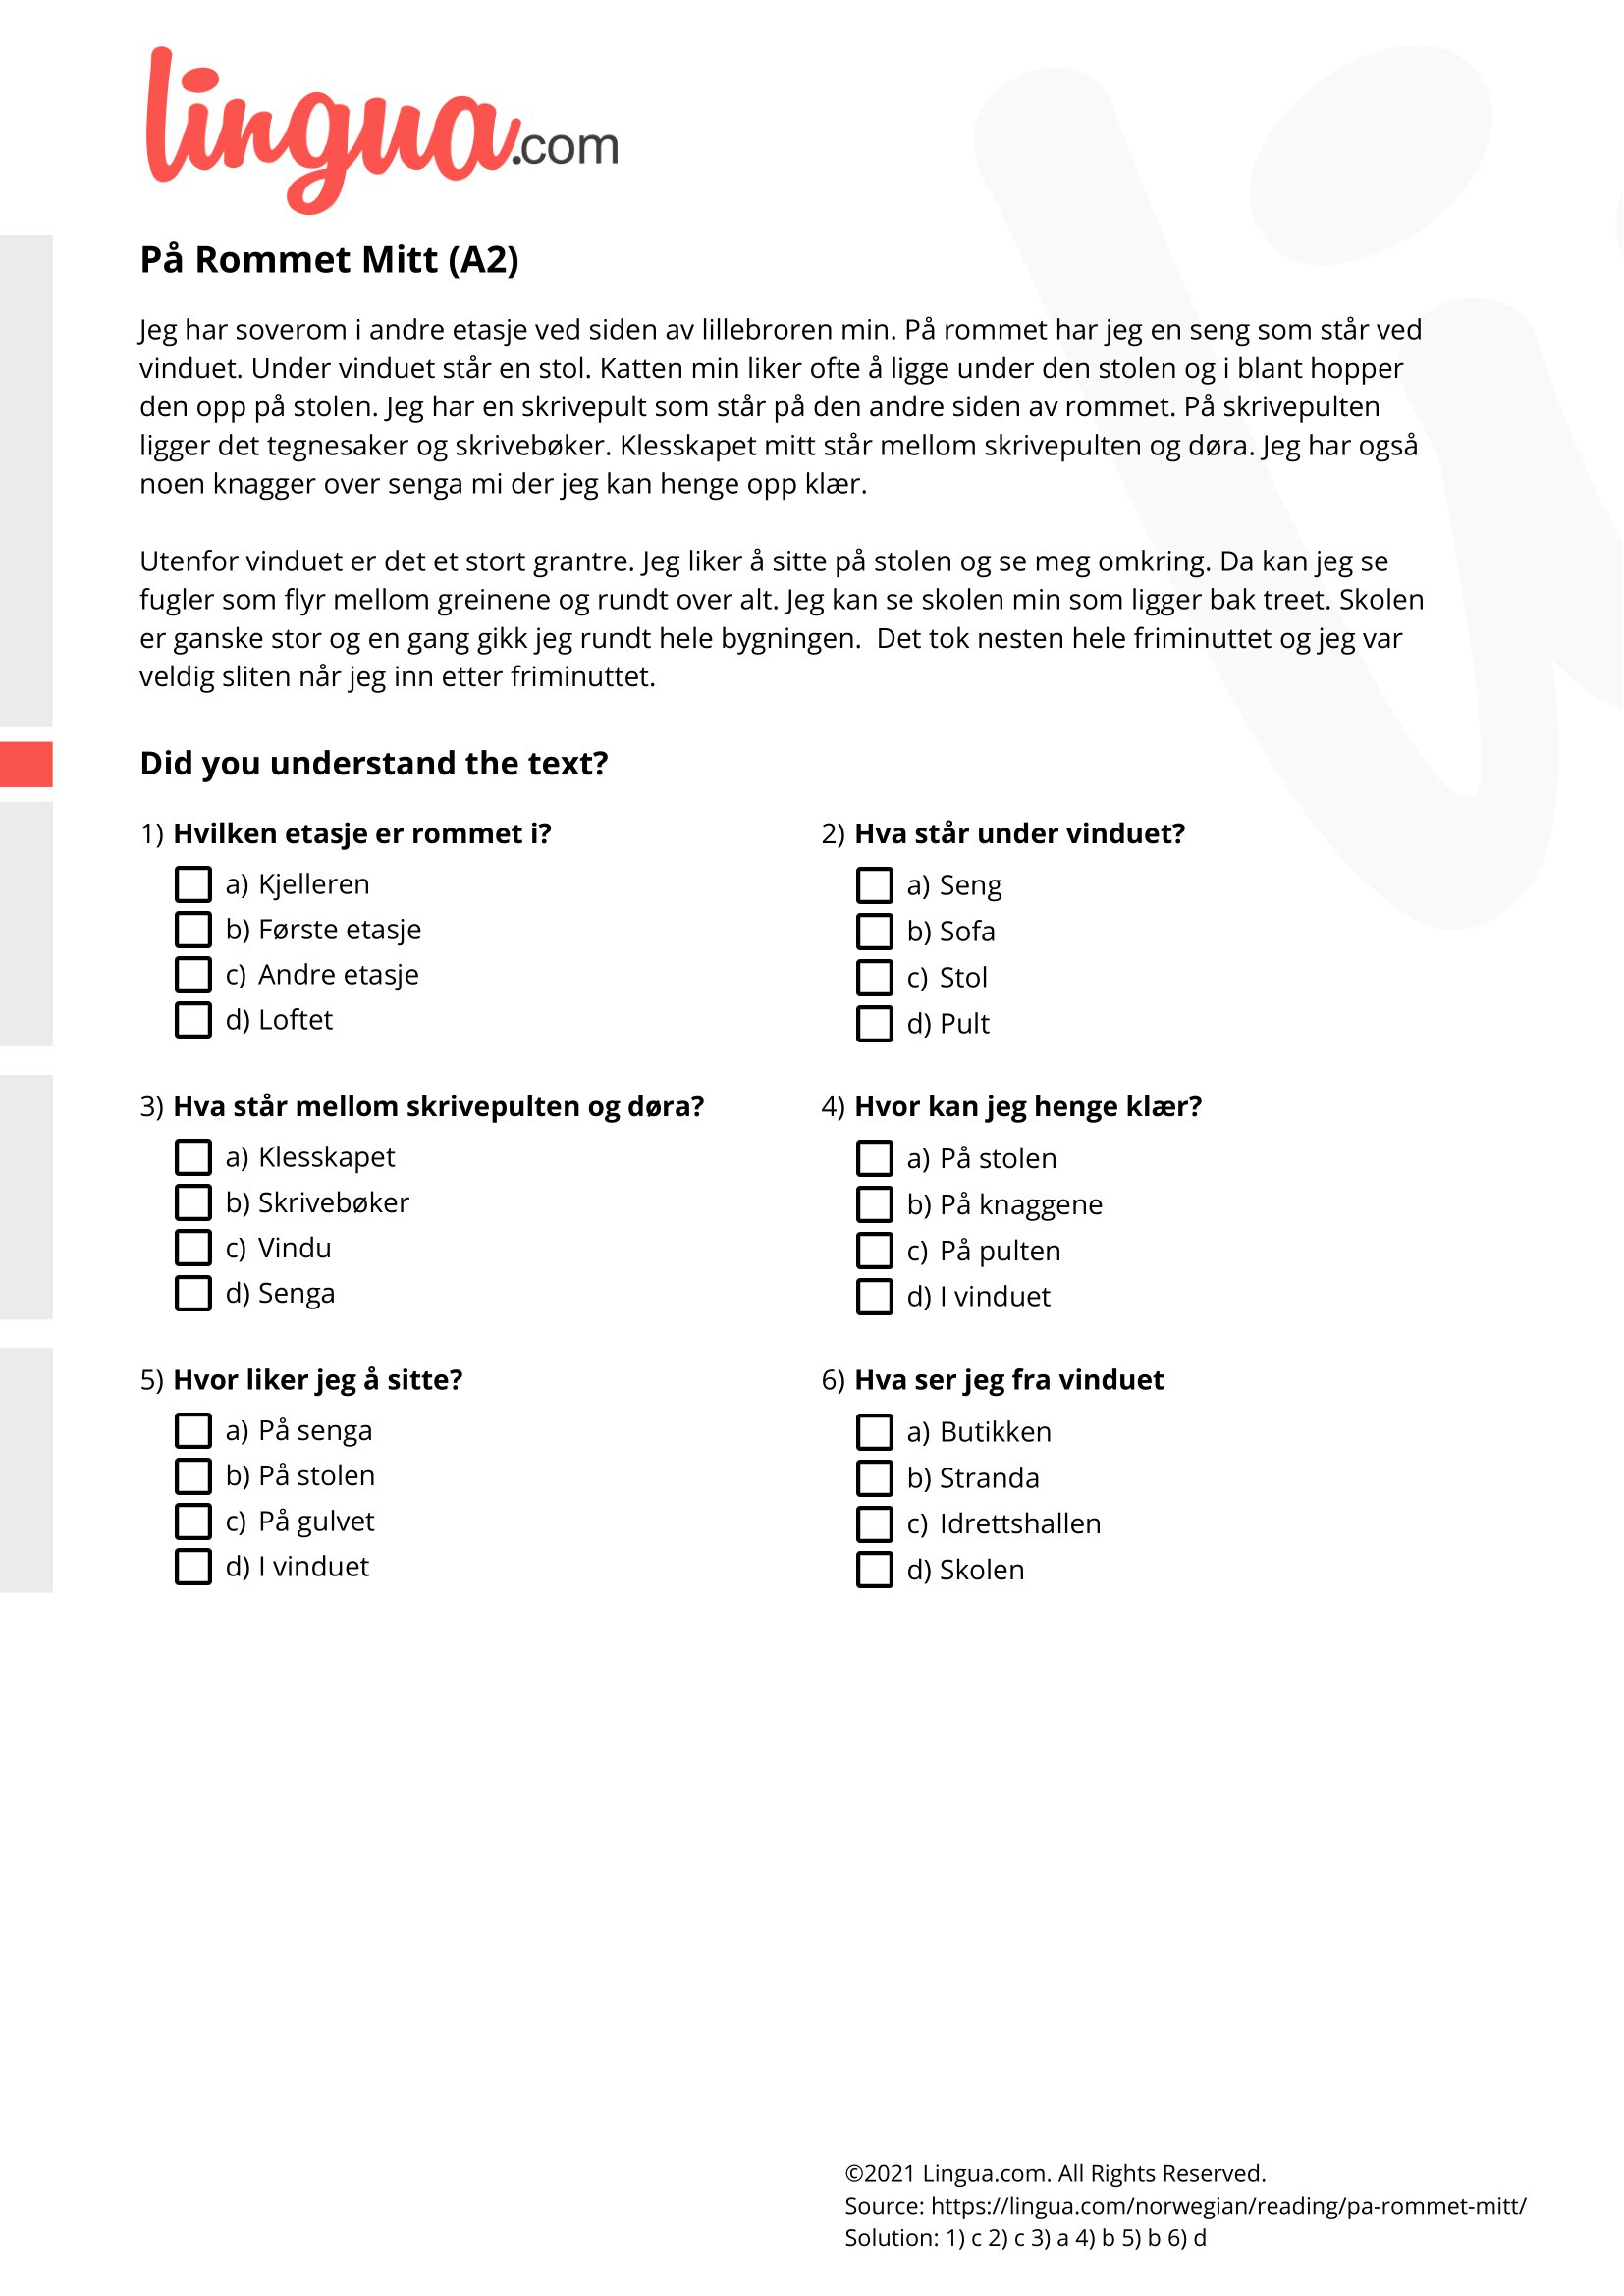
Language: no